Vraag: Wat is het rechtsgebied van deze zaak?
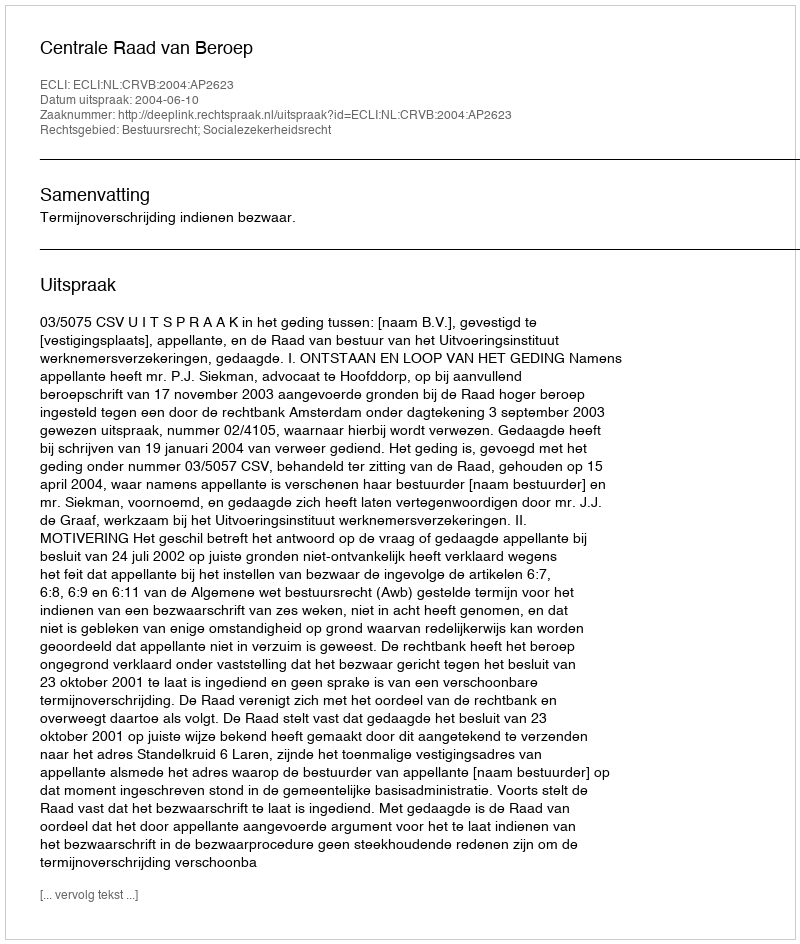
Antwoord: Bestuursrecht; Socialezekerheidsrecht